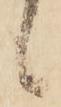
候